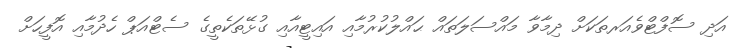
އަދި ސޮފްޓްވެއަރތަކަށް ދިމާވާ މައްސަލަތައް ޙައްލުކުރުމާއި އައިޓީއާއި ގުޅޭތަކެތީގެ ސެޓްއަޕް ހެދުމާއި އޮފީހަށް